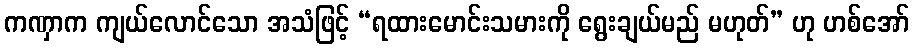
ကဏှာက ကျယ်လောင်သော အသံဖြင့် “ရထားမောင်းသမားကို ရွေးချယ်မည် မဟုတ်” ဟု ဟစ်အော်